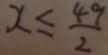
x \leq \frac { 4 9 } { 2 }